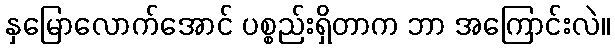
နှမြောလောက်အောင် ပစ္စည်းရှိတာက ဘာ အကြောင်းလဲ။